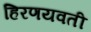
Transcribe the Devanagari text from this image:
हिरणयवती